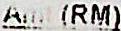
AMT (RM)